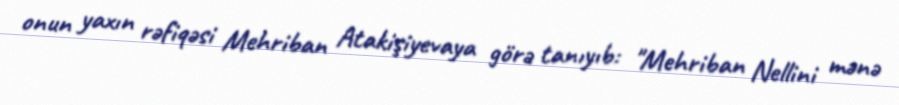
onun yaxın rəfiqəsi Mehriban Atakişiyevaya görə tanıyıb: "Mehriban Nellini mənə